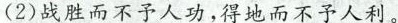
(2).战胜而不与人功，得地而不予人利。